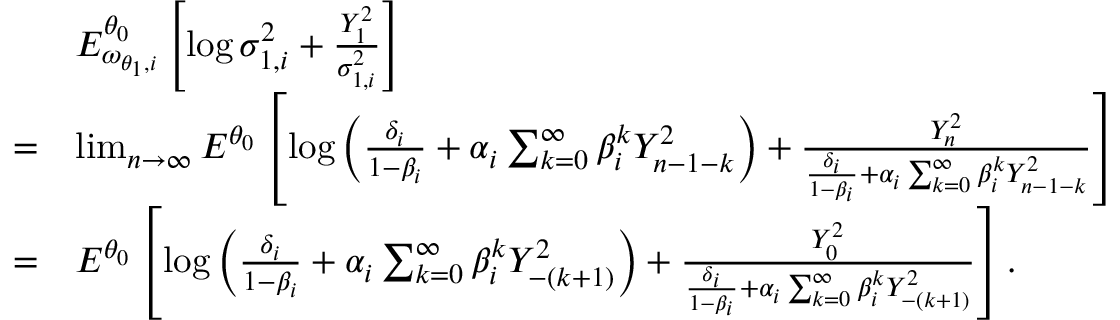
\begin{array} { r l } & { E _ { \omega _ { \theta _ { 1 } , i } } ^ { \theta _ { 0 } } \left[ \log \sigma _ { 1 , i } ^ { 2 } + \frac { Y _ { 1 } ^ { 2 } } { \sigma _ { 1 , i } ^ { 2 } } \right] } \\ { = } & { \operatorname* { l i m } _ { n \rightarrow \infty } E ^ { \theta _ { 0 } } \left[ \log \left( \frac { \delta _ { i } } { 1 - \beta _ { i } } + \alpha _ { i } \sum _ { k = 0 } ^ { \infty } \beta _ { i } ^ { k } Y _ { n - 1 - k } ^ { 2 } \right) + \frac { Y _ { n } ^ { 2 } } { \frac { \delta _ { i } } { 1 - \beta _ { i } } + \alpha _ { i } \sum _ { k = 0 } ^ { \infty } \beta _ { i } ^ { k } Y _ { n - 1 - k } ^ { 2 } } \right] } \\ { = } & { E ^ { \theta _ { 0 } } \left[ \log \left( \frac { \delta _ { i } } { 1 - \beta _ { i } } + \alpha _ { i } \sum _ { k = 0 } ^ { \infty } \beta _ { i } ^ { k } Y _ { - ( k + 1 ) } ^ { 2 } \right) + \frac { Y _ { 0 } ^ { 2 } } { \frac { \delta _ { i } } { 1 - \beta _ { i } } + \alpha _ { i } \sum _ { k = 0 } ^ { \infty } \beta _ { i } ^ { k } Y _ { - ( k + 1 ) } ^ { 2 } } \right] . } \end{array}